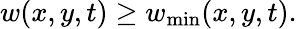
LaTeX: w(x,y,t)\geq w_{\mathrm{min}}(x,y,t).